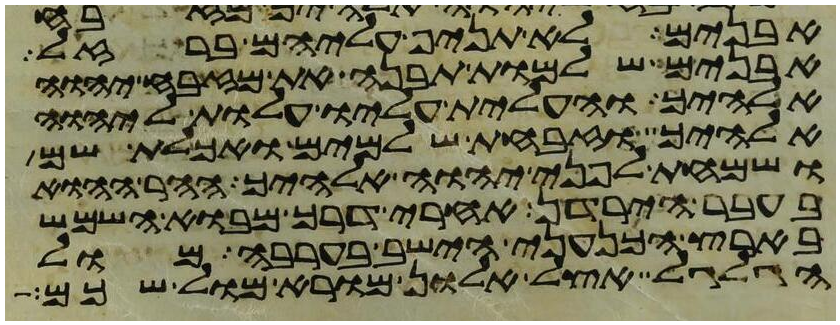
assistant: אבנים לא תניף עליהם ברזל
אבנים שלמות תבנה את מזבח יהוה
אלהיך והעלית עליו עלות ליהוה
אלהיך וזבחת שלמים ואכלת שם
ושמחת לפני יהוה אלהיך ההר ההוא
בעבר הירדן אחרי דרך מבוא השמש
בארץ הכנעני הישב בערבה מול
הגלגל אצל אלון מורא מול שכם